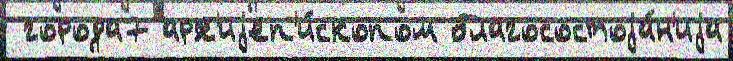
 города7 арх'иjеп'и́скопом благосостоjа́н'иjа